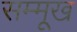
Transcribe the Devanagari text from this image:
सम्मूख